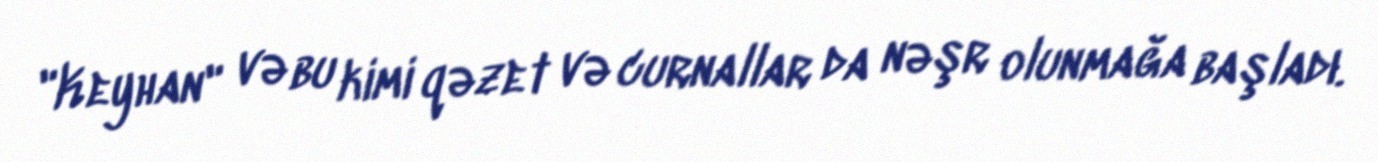
"Keyhan" və bu kimi qəzet və curnallar da nəşr olunmağa başladı.